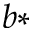
^ { b * }